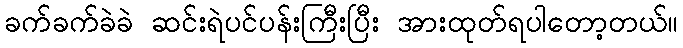
ခက်ခက်ခဲခဲ ဆင်းရဲပင်ပန်းကြီးပြီး အားထုတ်ရပါတော့တယ်။